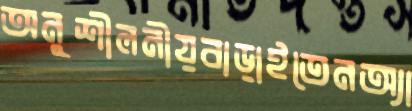
অনুশীলনীয়বাড়াইতেনঅ্যা